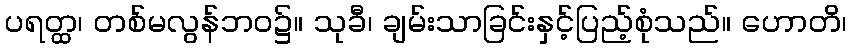
ပရတ္ထ၊ တစ်မလွန်ဘဝ၌။ သုခီ၊ ချမ်းသာခြင်းနှင့်ပြည့်စုံသည်။ ဟောတိ၊